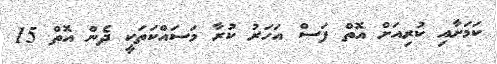
ކަމަށާއި ކުރިއަށް އޮތް ފަސް އަހަރު ކުރާ މަސައްކަތަކީ ދެން އޮތް 15